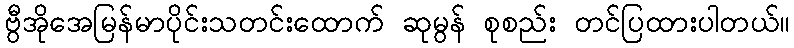
ဗွီအိုအေမြန်မာပိုင်းသတင်းထောက် ဆုမွန် စုစည်း တင်ပြထားပါတယ်။